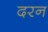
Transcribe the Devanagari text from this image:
दरन